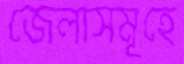
জেলাসমূহে